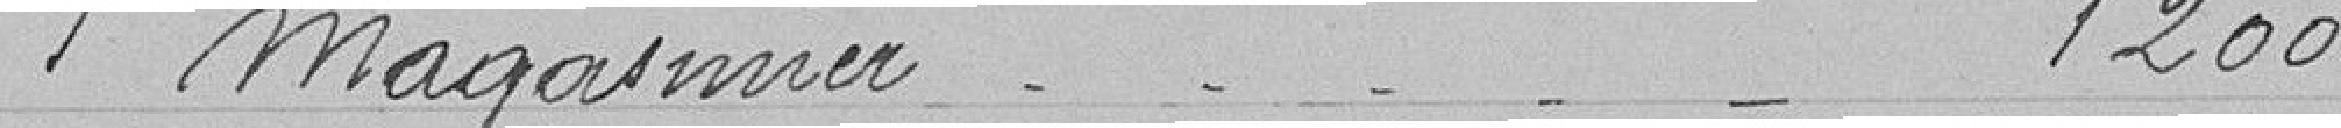
1 magasinier 1200